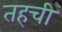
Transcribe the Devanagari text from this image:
तहची